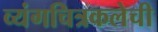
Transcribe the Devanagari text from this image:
व्यंगचित्रकलेची